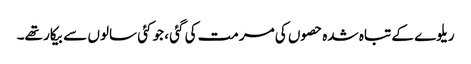
ریلوے کے تباہ شدہ حصوں کی مرمت کی گئی ، جو کئی سالوں سے بیکار تھے۔